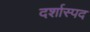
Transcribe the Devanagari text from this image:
दर्शास्पद